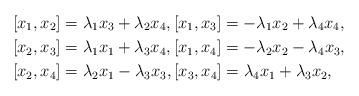
LaTeX: \begin{align*} [x_{1}, x_{2}]&=\lambda_{1}x_{3}+\lambda_{2}x_{4},[x_{1}, x_{3}]=-\lambda_{1}x_{2}+\lambda_{4}x_{4},\\ [x_{2}, x_{3}]&=\lambda_{1}x_{1}+\lambda_{3}x_{4} ,[x_{1}, x_{4}]=-\lambda_{2}x_{2}-\lambda_{4}x_{3},\\ [x_{2}, x_{4}]&=\lambda_{2}x_{1}-\lambda_{3}x_{3},[x_{3}, x_{4}]=\lambda_{4}x_{1}+\lambda_{3}x_{2},\end{align*}